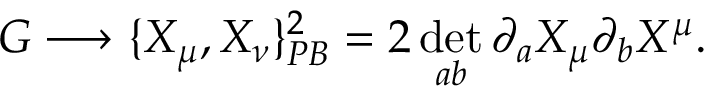
G \longrightarrow \{ X _ { \mu } , X _ { \nu } \} _ { P B } ^ { 2 } = 2 \operatorname * { d e t } _ { a b } \partial _ { a } X _ { \mu } \partial _ { b } X ^ { \mu } .